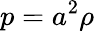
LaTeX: p=a^{2}\rho